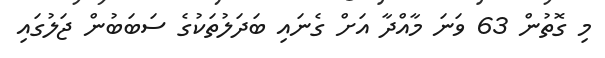
މި ގޮތުން 63 ވަނަ މާއްދާ އަށް ގެނައި ބަދަލުތަކުގެ ސަބަބުން ޖަލުގައި